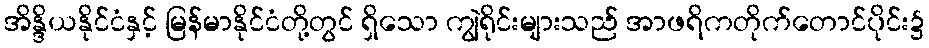
အိန္ဒိယနိုင်ငံနှင့် မြန်မာနိုင်ငံတို့တွင် ရှိသော ကျွဲရိုင်းများသည် အာဖရိကတိုက်တောင်ပိုင်း၌